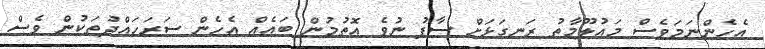
އެހެންނަމަވެސް މައުލޫމާތު ރަނގަޅަށް ސާފު ނުވެ އޮތުމުން ބައެއް އެހެން ސަރަހައްދުތަކުން ވެސް